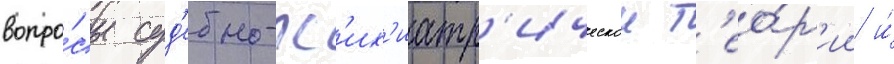
вопро́сы суд'ебно-пс'их'иатр'ическои т'ео́р'ии и́